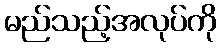
မည်သည့်အလုပ်ကို